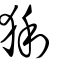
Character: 猁